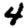
Digit: 4